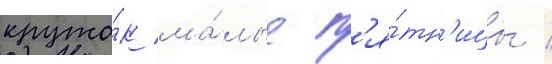
кружо́к ма́лые п'я́тн'ицы /